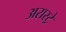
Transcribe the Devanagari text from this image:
अरास्ट्रे